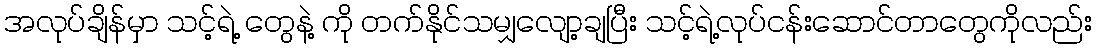
အလုပ်ချိန်မှာ သင့်ရဲ့ တွေနဲ့ ကို တက်နိုင်သမျှလျော့ချပြီး သင့်ရဲ့လုပ်ငန်းဆောင်တာတွေကိုလည်း